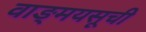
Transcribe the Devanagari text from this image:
वाङ्मयसूची